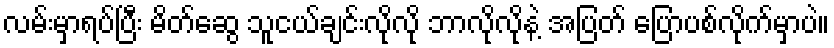
လမ်းမှာရပ်ပြီး မိတ်ဆွေ သူငယ်ချင်းလိုလို ဘာလိုလိုနဲ့ အပြတ် ပြောပစ်လိုက်မှာပဲ။